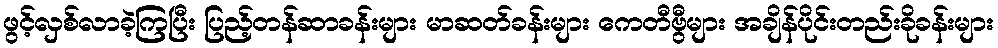
ဖွင့်လှစ်လာခဲ့ကြပြီး ပြည့်တန်ဆာခန်းများ မာဆတ်ခန်းများ ကေတီဗွီများ အချိန်ပိုင်းတည်းခိုခန်းများ